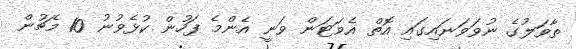
ތާވަލުގެ ނުވަވަނައިގައި އޮތް އެވަޓަން ވަނީ އެންމެ ފަހުން ކުޅެވުނު 10 މެޗުން